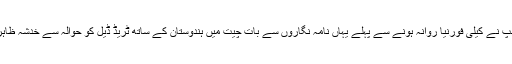
مسٹر ٹرمپ نے کیلی فورنیا روانہ ہونے سے پہلے یہاں نامہ نگاروں سے بات چیت میں ہندوستان کے ساتھ ٹریڈ ڈیل کو حوالہ سے خدشہ ظاہر کیا ہے۔